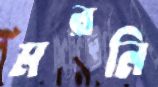
মরনি